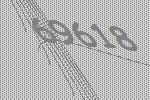
69618